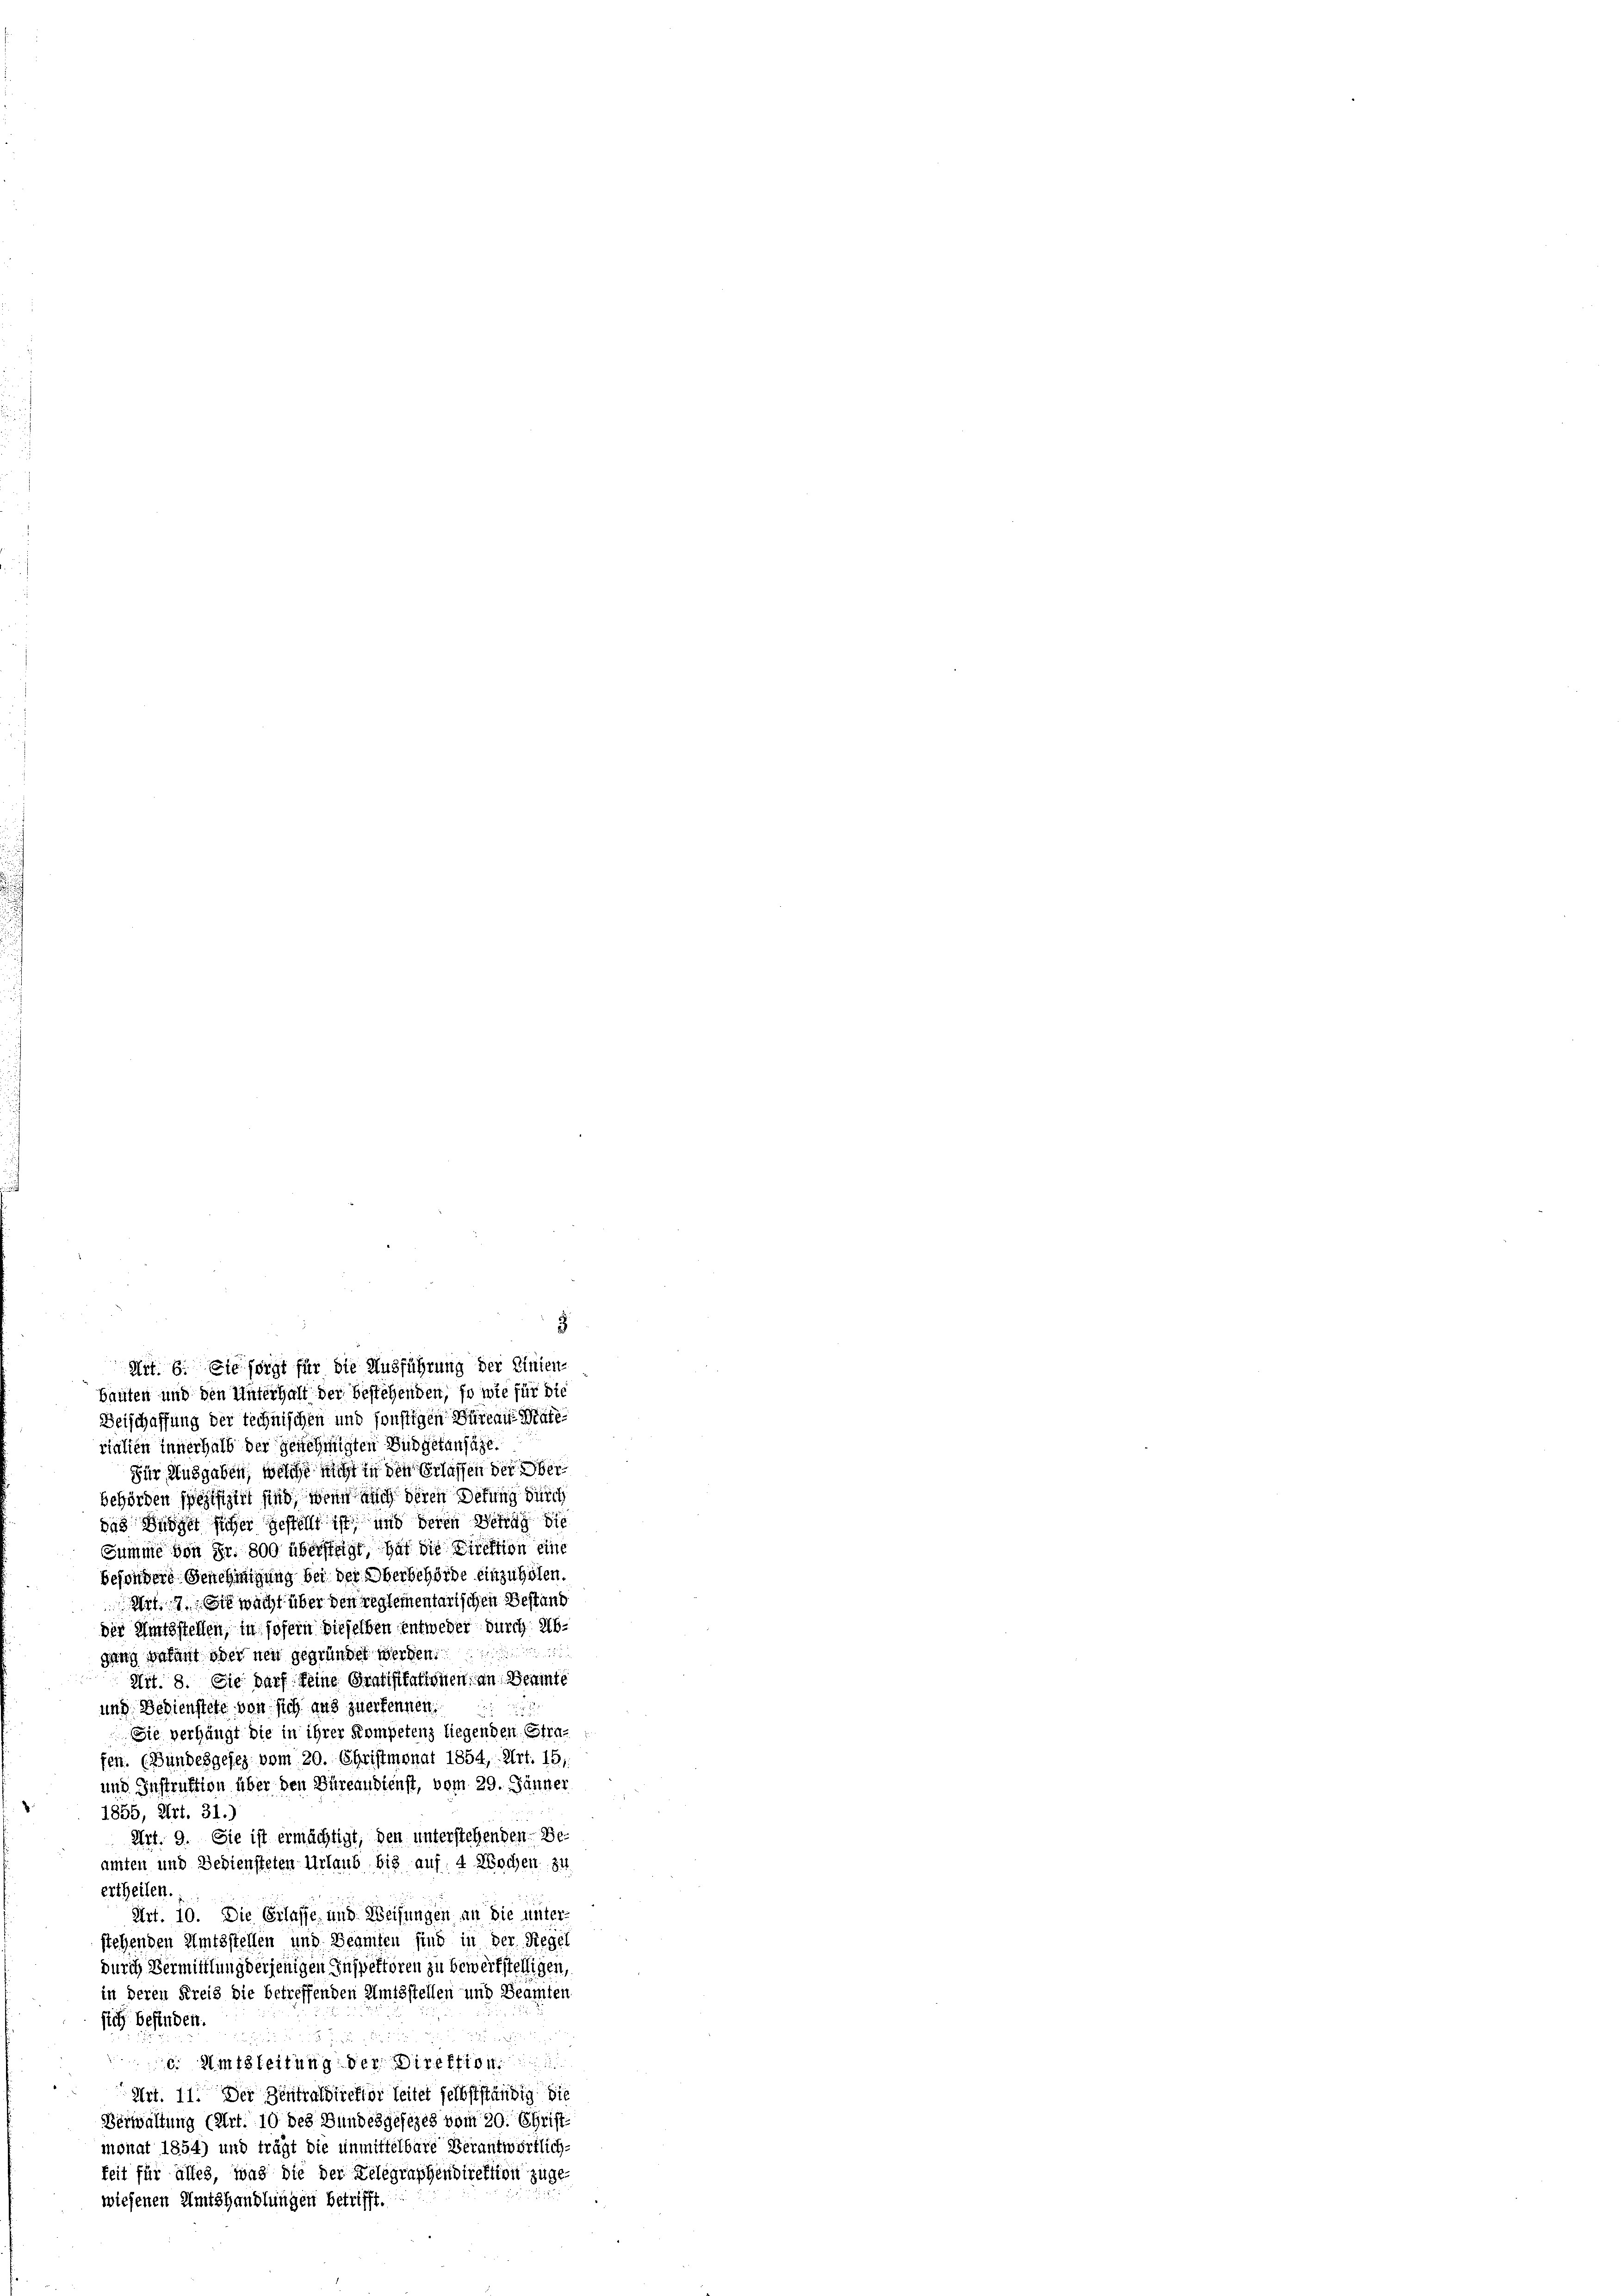
rialien innerhalb der genehmigten Budgetansähe.
Für Ausgaben, welche nicht in den Erlassen der Ober
behörden spezifizirt sind, wenn auch deren Detung durch
das Büdget sicher gestellt ist, und deren Betrag die
Summe von Fr. 800 überstagt, hat die Direktion eine
besondere Genehmigung bei der Oberbehörde einzuholen.
Art sie wacht über den reglementarischen Gestand
der Amtsstellen, in sofern dieselben entweder durch Abdung befant oder neu gegründet werden.
Mit. 8. Sie darf keine Gratifikationen an Denunte
und Bedienstete von sich aus zuerkennen.
Sie verhängt die in ihrer Kompetenz liegenden Strafen. (Bundesgesez vom 20. Christmonat 1854, Art. 15.
und Instruktion über den Büreaudienst, vom 29. Jänner
1855, Art. 31.
Art. 9. Sie ist ermächtigt, den unterstehenden Beamten und Bediensteten Urlaub bis auf: 4 Wochen zu
ertheilen.
Art. 10. Die Erlasse und Weisungen an die unter-
stehenden Amtsstellen und Beamten sind in der Siegel
durch Vermittlung derjenigen Inspektoren zu bewerkstelligen,
in deren Kreis die betreffenden Amtsstellen und Beamten
sich befinden.
. Amtsleitung der Direktion
Art. 11. Der Zentraldirektor Seitet selbstständig die
Verwaltung (Art. 10 des Bundesgesezes vom 20. Christ
monat 1854) und trägt die unmittelbare Verantwortlich
keit für alles, was die der Delegraphendirektion zuge-
wiesenen Amtshandlungen betrifft.

5
Art. 6. Sie sorgt für die Ausführung der Linien-
bauten und den Unterhalt der bestehenden, so wie für die
Deischaffung der technischen und sonstigen Büreaus Pate